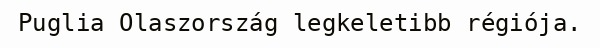
Puglia Olaszország legkeletibb régiója.